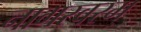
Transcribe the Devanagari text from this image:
नागस्वरम्